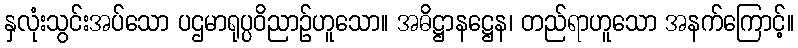
နှလုံးသွင်းအပ်သော ပဌမာရုပ္ပဝိညာဉ်ဟူသော။ အဓိဋ္ဌာနဋ္ဌေန၊ တည်ရာဟူသော အနက်ကြောင့်။